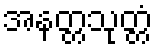
အနတ္တသုတ္တံ